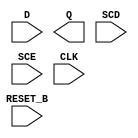
module sky130_fd_sc_hs__sdfrtp (
    //# {{data|Data Signals}}
    input  D      ,
    output Q      ,

    //# {{control|Control Signals}}
    input  RESET_B,

    //# {{scanchain|Scan Chain}}
    input  SCD    ,
    input  SCE    ,

    //# {{clocks|Clocking}}
    input  CLK
);

    // Voltage supply signals
    supply1 VPWR;
    supply0 VGND;

endmodule